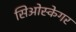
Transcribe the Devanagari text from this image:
सिओस्केगर